King Institute of Preventive Medicine Micro-Biological Section reports 1909-11
Year: 1909
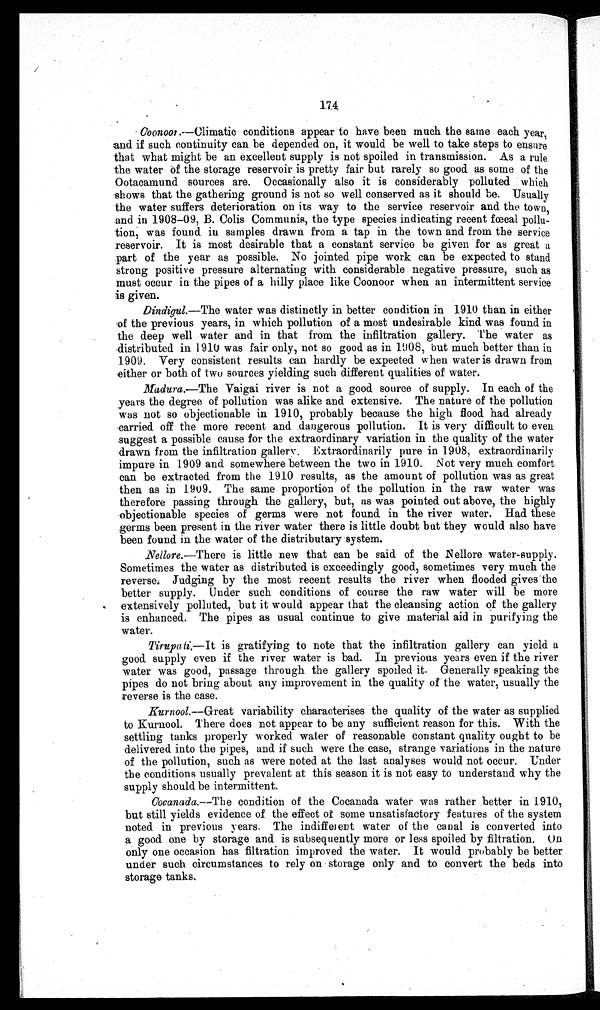
174
Coonoor .—Climatic conditions appear to have been much the same each year,
and if such continuity can be depended on, it would be well to take steps to ensure
that what might be an excellent supply is not spoiled in transmission. As a rule
the water of the storage reservoir is pretty fair but rarely so good as some of the
Ootacamund sources are. Occasionally also it is considerably polluted which
shows that the gathering ground is not so well conserved as it should be. Usually
the water suffers deterioration on its way to the service reservoir and the town,
and in 1908-09, B. Colis Communis, the type species indicating recent fœcal pollu-
tion, was found in samples drawn from a tap in the town and from the service
reservoir. It is most desirable that a constant service be given for as great a
part of the year as possible. No jointed pipe work can be expected to stand
strong positive pressure alternating with considerable negative pressure, such as
must occur in the pipes of a hilly place like Coonoor when an intermittent service
is given.
Dindigul.—The water was distinctly in better condition in 1910 than in either
of the previous years, in which pollution of a most undesirable kind was found in
the deep well water and in that from the infiltration gallery. The water as
distributed in 1910 was fair only, not so good as in 1908, but much better than in
1909. Very consistent results can hardly be expected when water is drawn from
either or both of two sources yielding such different qualities of water.
Madura.—The Vaigai river is not a good source of supply. In each of the
years the degree of pollution was alike and extensive. The nature of the pollution
was not so objectionable in 1910, probably because the high flood had already
carried off the more recent and dangerous pollution. It is very difficult to even
suggest a possible cause for the extraordinary variation in the quality of the water
drawn from the infiltration gallery. Extraordinarily pure in 1908, extraordinarily
impure in 1909 and somewhere between the two in 1910. Not very much comfort
can be extracted from the 1910 results, as the amount of pollution was as great
then as in 1909. The same proportion of the pollution in the raw water was
therefore passing through the gallery, but, as was pointed out above, the highly
objectionable species of germs were not found in the river water. Had these
germs been present in the river water there is little doubt but they would also have
been found in the water of the distributary system.
Nellore.—There is little new that can be said of the Nellore water-supply.
Sometimes the water as distributed is exceedingly good, sometimes very much the
reverse. Judging by the most recent results the river when flooded gives the
better supply. Under such conditions of course the raw water will be more
extensively polluted, but it would appear that the cleansing action of the gallery
is enhanced. The pipes as usual continue to give material aid in purifying the
water.
Tirupati.—It
is gratifying to note that the infiltration gallery can yield a
good supply even if the river water is bad. In previous years even if the river
water was good, passage through the gallery spoiled it. Generally speaking the
pipes do not bring about any improvement in the quality of the water, usually the
reverse is the case.
Kurnool.—Great variability characterises the quality of the water as supplied
to Kurnool. There does not appear to be any sufficient reason for this. With the
settling tanks properly worked water of reasonable constant quality ought to be
delivered into the pipes, and if such were the case, strange variations in the nature
of the pollution, such as were noted at the last analyses would not occur. Under
the conditions usually prevalent at this season it is not easy to understand why the
supply should be intermittent.
Cocanada.—The
condition of the Cocanada water was rather better in 1910,
but still yields evidence of the effect of some unsatisfactory features of the system
noted in previous years. The indifferent water of the canal is converted into
a good one by storage and is subsequently more or less spoiled by filtration, On
only one occasion has filtration improved the water. It would probably be better
under such circumstances to rely on storage only and to convert the beds into
storage tanks.